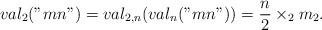
LaTeX: \begin{align*} val_{2}("mn")=val_{2,n}(val_{n}("mn"))=\frac{n}{2}\times_{2}m_{2}.\end{align*}